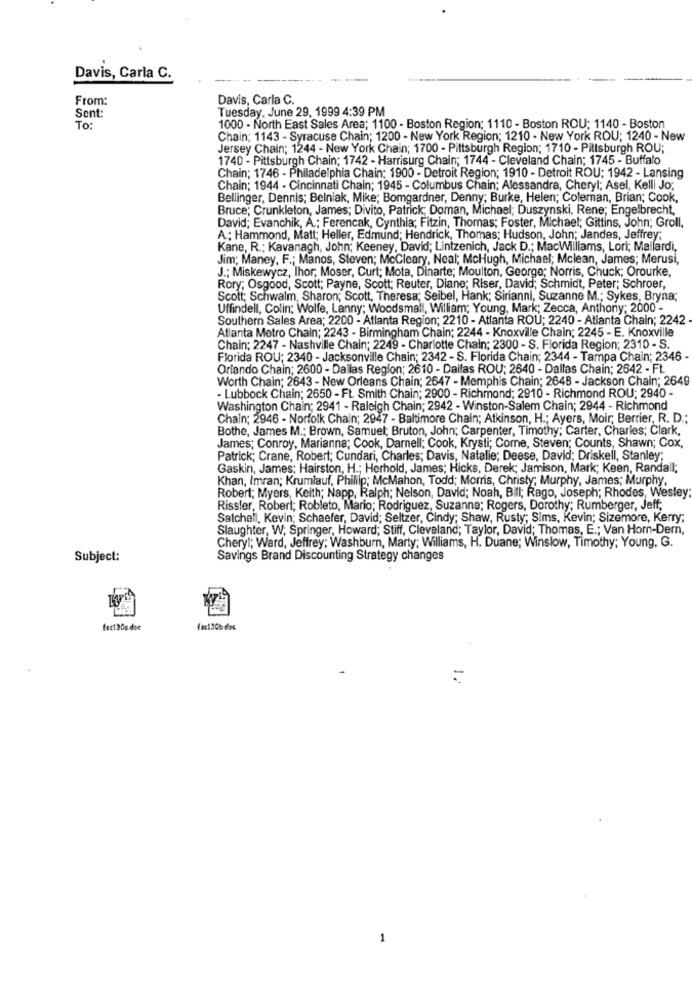
Davis, Carla C.
--- -
From:
Davis, Carla C.
Sont:
Tuesday, June 29, 1999 4:39 PM
To:
1000 - North East Sales Area; 1100 - Boston Region; 1110 - Boston ROU; 1140 - Boston
Chain; 1143 - Syracuse Chain; 1200 - New York Region; 1210 - New York ROU; 1240 - New
Jersey Chain; 1244 - New York Chain; 1700 - Pittsburgh Region; 1710 - Pittsburgh ROU;
1740 - Pittsburgh Chain; 1742 - Harrisurg Chain; 1744 - Cleveland Chain; 1745 - Buffalo
Chain; 1746 - Philadelphia Chain; 1900 - Detroit Region; 1910 - Detroit ROU: 1942 - Lansing
Chain; 1944 - Cincinnati Chain; 1945 - Columbus Chain; Alessandra, Cheryl; Asel, Kelli Jo;
Bellinger, Dennis; Belniak, Mike; Bomgardner, Denny; Burke, Helen; Coleman, Brian; Cook,
Bruce; Crunkleton, James; Divito, Patrick; Doman, Michael; Duszynski, Rene; Engelbrecht,
David; Evanchik, A .; Ferencak, Cynthia; Fitzin, Thomas; Foster, Michael; Gittins, John; Groll.
A .; Hammond, Matt; Heller, Edmund; Hendrick, Thomas; Hudson, John; Jandes, Jeffrey;
Kane, R .: Kavanagh, John; Keeney, David; Lintzenich, Jack D .; MacWilliams, Lori; Mallardi,
Jim; Maney, F .; Manos, Steven; McCleary, Neal; McHugh, Michael; Mclean, James; Merusi,
J .; Miskewycz, lhor, Moser, Curt; Mota, Dinarte; Moulton, George; Norris, Chuck; Orourke,
Rory; Osgood, Scott; Payne, Scott; Reuter, Diane; Riser, David; Schmidt, Peter; Schroer,
Scott; Schwalm, Sharon; Scott, Theresa; Seibel, Hank; Sirianni, Suzanne M .; Sykes, Bryna;
Uffindell, Colin: Wolfe, Lanny; Woodsmall, William; Young, Mark; Zecca, Anthony; 2000 -
Southern Sales Area; 2200 - Atlanta Region; 2210 - Atlanta ROU; 2240 - Atlanta Chain; 2242
Atlanta Metro Chain; 2243 - Birmingham Chain; 2244 - Knoxville Chain; 2245 - E. Knoxville
Chain; 2247 - Nashville Chain; 2249 - Charlotte Chain; 2300 - S. Florida Region; 2310 - S.
Florida ROU; 2340 - Jacksonville Chain; 2342 - S. Florida Chain; 2344 - Tampa Chain; 2346-
Orlando Chain; 2600 - Dallas Region; 2610 - Dailas ROU; 2640 - Dallas Chain; 2642 - Ft.
Worth Chain; 2643 - New Orleans Chain; 2647 - Memphis Chain; 2648 - Jackson Chain; 2649
- Lubbock Chain; 2650 - Ft. Smith Chain; 2900 - Richmond; 2910 - Richmond ROU; 2940 -
Washington Chain; 2941 - Raleigh Chain; 2942 - Winston-Salem Chain; 2944 - Richmond
Chain; 2946 - Norfolk Chain; 2947 - Baltimore Chain; Atkinson, H .; Ayers, Moir, Berrier, R. D .;
Bothe, James M .; Brown, Samuel; Bruton, John; Carpenter, Timothy; Carter, Charles; Clark,
James; Conroy, Marianna; Cook, Darnell; Cook, Krysti; Corne, Steven; Counts, Shawn; Cox,
Patrick; Crane, Robert; Cundari, Charles; Davis, Natalie; Deese, David; Driskell, Stanley;
Gaskin, James; Hairston, H .; Herhold, James; Hicks, Derek; Jamison, Mark; Keen, Randall;
Khan, Imran; Krumlauf, Phillip; McMahon, Todd; Morris, Christy; Murphy, James; Murphy,
Robert; Myers, Keith; Napp, Ralph; Nelson, David; Noah, Bill; Rago, Joseph; Rhodes, Wesley
Rissler, Robert; Robleto, Mario; Rodriguez, Suzanne; Rogers, Dorothy; Rumberger, Jeff;
Satchell, Kevin; Schaefer, David; Seltzer, Cindy; Shaw, Rusty; Sims, Kevin; Sizemore, Kerry;
Slaughter, W; Springer, Howard; Stiff, Cleveland; Taylor, David; Thomas, E .; Van Horn-Dern,
Cheryl; Ward, Jeffrey; Washburn, Marty; Williams, H. Duane; Winslow, Timothy; Young, G.
Subject:
Savings Brand Discounting Strategy changes
Ise1300 doe
fc1306.doc
-